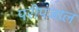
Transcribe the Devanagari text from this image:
परीपंजाल